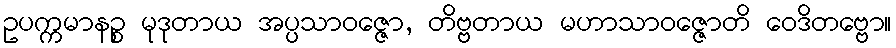
ဥပက္ကမာနဉ္စ မုဒုတာယ အပ္ပသာဝဇ္ဇော, တိဗ္ဗတာယ မဟာသာဝဇ္ဇောတိ ဝေဒိတဗ္ဗော။